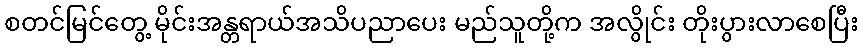
စတင်မြင်တွေ့ မိုင်းအန္တရာယ်အသိပညာပေး မည်သူတို့က အလွိုင်း တိုးပွားလာစေပြီး